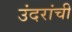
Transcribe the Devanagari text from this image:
उंदरांची